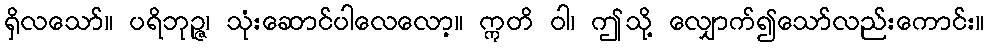
ရှိလသော်။ ပရိဘုဉ္ဇ၊ သုံးဆောင်ပါလေလော့။ ဣတိ ဝါ၊ ဤသို့ လျှောက်၍သော်လည်းကောင်း။